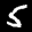
Label: 5